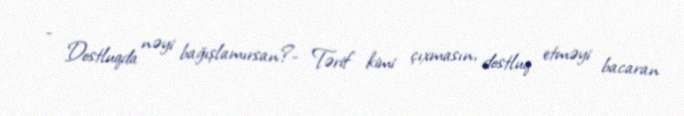
- Dostluqda nəyi bağışlamırsan?- Tərif kimi çıxmasın, dostluq etməyi bacaran